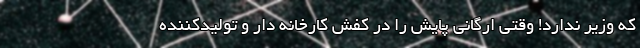
که وزیر ندارد! وقتی ارگانی پایش را در کفش کارخانه دار و تولیدکننده